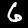
Digit: 6